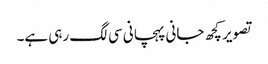
تصویر کچھ جانی پہچانی سی لگ رہی ہے۔